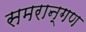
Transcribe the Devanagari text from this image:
समरान्गण